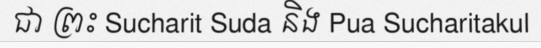
ជា ព្រះ Sucharit Suda និង Pua Sucharitakul